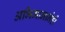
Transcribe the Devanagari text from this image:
अभिमानानेही